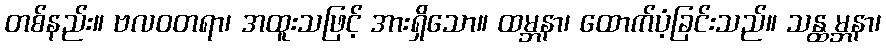
တစ်နည်း။ ဗလဝတရာ၊ အထူးသဖြင့် အားရှိသော။ ထမ္ဘနာ၊ ထောက်ပံ့ခြင်းသည်။ သန္ထမ္ဘနာ၊